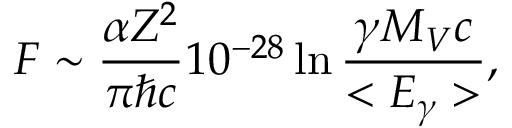
{ \cal { F } } \sim { \frac { \alpha Z ^ { 2 } } { \pi \hbar c } } 1 0 ^ { - 2 8 } \ln { \frac { \gamma M _ { V } c } { < E _ { \gamma } > } } ,